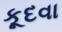
કૂદવા